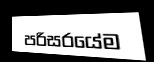
පරිසරයේම